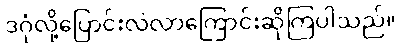
ဒဂုံလို့ပြောင်းလဲလာကြောင်းဆိုကြပါသည်။